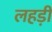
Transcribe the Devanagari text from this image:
लहड़ी